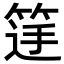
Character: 𮅚